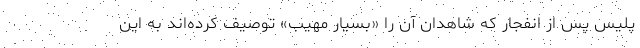
پلیس پس از انفجار که شاهدان آن را «بسیار مهیب» توصیف کرده‌اند به این